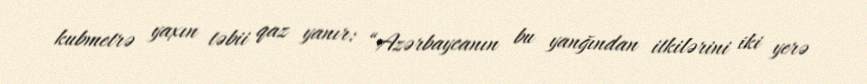
kubmetrə yaxın təbii qaz yanır: “Azərbaycanın bu yanğından itkilərini iki yerə